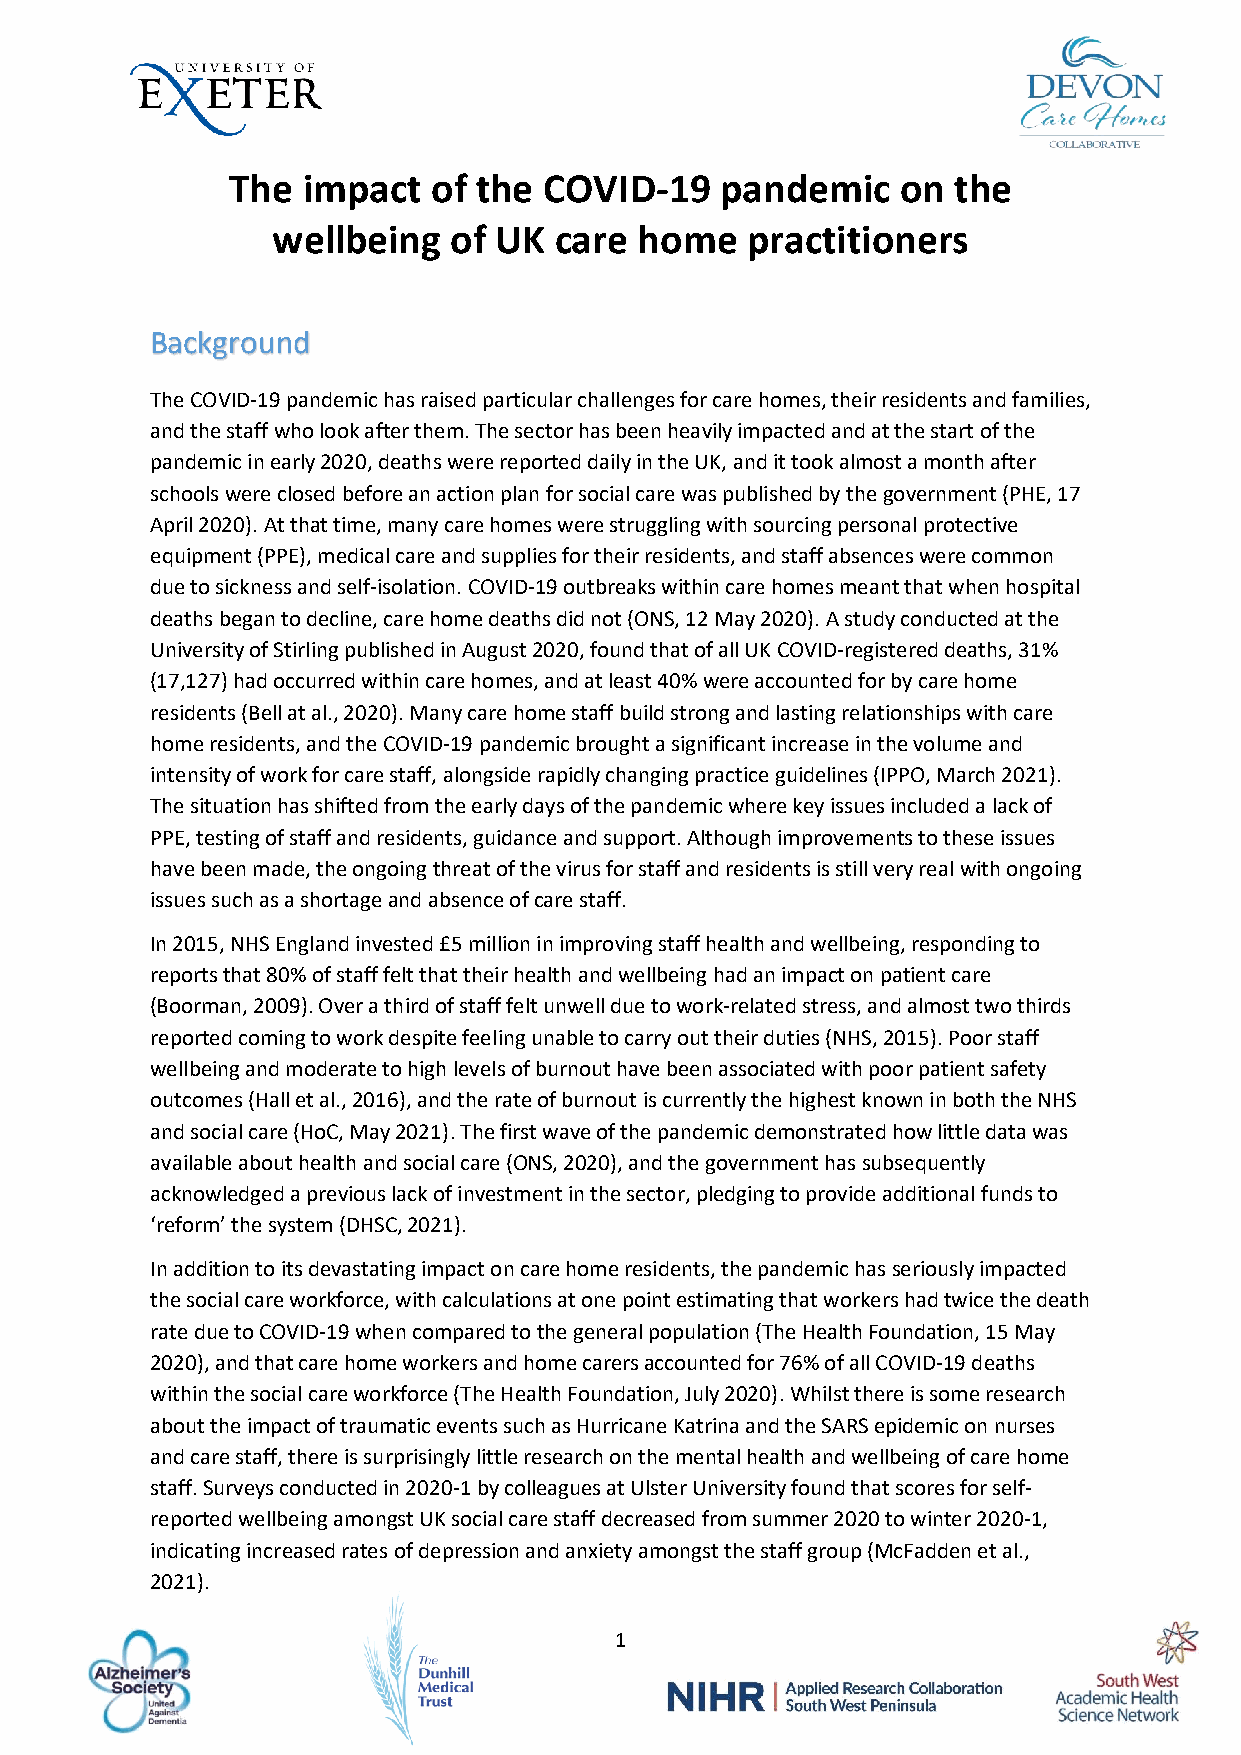
The  impact   of the COVID-19    pandemic    on the
 wellbeing   of UK  care home   practitioners
 Background
 The COVID-19 pandemic has raised particular challenges for care homes, their residents and families,
 and the staff who look after them. The sector has been heavily impacted and at the start of the
 pandemic in early 2020, deaths were reported daily in the UK, and it took almost a month after
 schools were closed before an action plan for social care was published by the government (PHE, 17
 April 2020). At that time, many care homes were struggling with sourcing personal protective
 equipment (PPE), medical care and supplies for their residents, and staff absences were common
 due to sickness and self-isolation. COVID-19 outbreaks within care homes meant that when hospital
 deaths began to decline, care home deaths did not (ONS, 12 May 2020). A study conducted at the
 University of Stirling published in August 2020, found that of all UK COVID-registered deaths, 31%
 (17,127) had occurred within care homes, and at least 40% were accounted for by care home
 residents (Bell at al., 2020). Many care home staff build strong and lasting relationships with care
 home residents, and the COVID-19 pandemic brought a significant increase in the volume and
 intensity of work for care staff, alongside rapidly changing practice guidelines (IPPO, March 2021).
 The situation has shifted from the early days of the pandemic where key issues included a lack of
 PPE, testing of staff and residents, guidance and support. Although improvements to these issues
 have been made, the ongoing threat of the virus for staff and residents is still very real with ongoing
 issues such as a shortage and absence of care staff.
 In 2015, NHS England invested £5 million in improving staff health and wellbeing, responding to
 reports that 80% of staff felt that their health and wellbeing had an impact on patient care
 (Boorman, 2009). Over a third of staff felt unwell due to work-related stress, and almost two thirds
 reported coming to work despite feeling unable to carry out their duties (NHS, 2015). Poor staff
 wellbeing and moderate to high levels of burnout have been associated with poor patient safety
 outcomes (Hall et al., 2016), and the rate of burnout is currently the highest known in both the NHS
 and social care (HoC, May 2021). The first wave of the pandemic demonstrated how little data was
 available about health and social care (ONS, 2020), and the government has subsequently
 acknowledged a previous lack of investment in the sector, pledging to provide additional funds to
 ‘reform’ the system (DHSC, 2021).
 In addition to its devastating impact on care home residents, the pandemic has seriously impacted
 the social care workforce, with calculations at one point estimating that workers had twice the death
 rate due to COVID-19 when compared to the general population (The Health Foundation, 15 May
 2020), and that care home workers and home carers accounted for 76% of all COVID-19 deaths
 within the social care workforce (The Health Foundation, July 2020). Whilst there is some research
 about the impact of traumatic events such as Hurricane Katrina and the SARS epidemic on nurses
 and care staff, there is surprisingly little research on the mental health and wellbeing of care home
 staff. Surveys conducted in 2020-1 by colleagues at Ulster University found that scores for self-
 reported wellbeing amongst UK social care staff decreased from summer 2020 to winter 2020-1,
 indicating increased rates of depression and anxiety amongst the staff group (McFadden et al.,
 2021).
 1